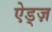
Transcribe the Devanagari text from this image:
ऐड्ज़